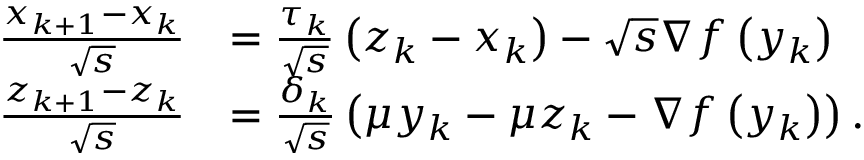
\begin{array} { r l } { \frac { x _ { k + 1 } - x _ { k } } { \sqrt { s } } } & { = \frac { \tau _ { k } } { \sqrt { s } } \left( z _ { k } - x _ { k } \right) - \sqrt { s } \nabla f \left( y _ { k } \right) } \\ { \frac { z _ { k + 1 } - z _ { k } } { \sqrt { s } } } & { = \frac { \delta _ { k } } { \sqrt { s } } \left( \mu y _ { k } - \mu z _ { k } - \nabla f \left( y _ { k } \right) \right) . } \end{array}